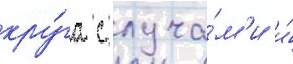
кру́га с луча́м'и и́